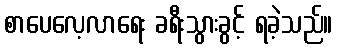
စာပေလေ့လာရေး ခရီးသွားခွင့် ရခဲ့သည်။